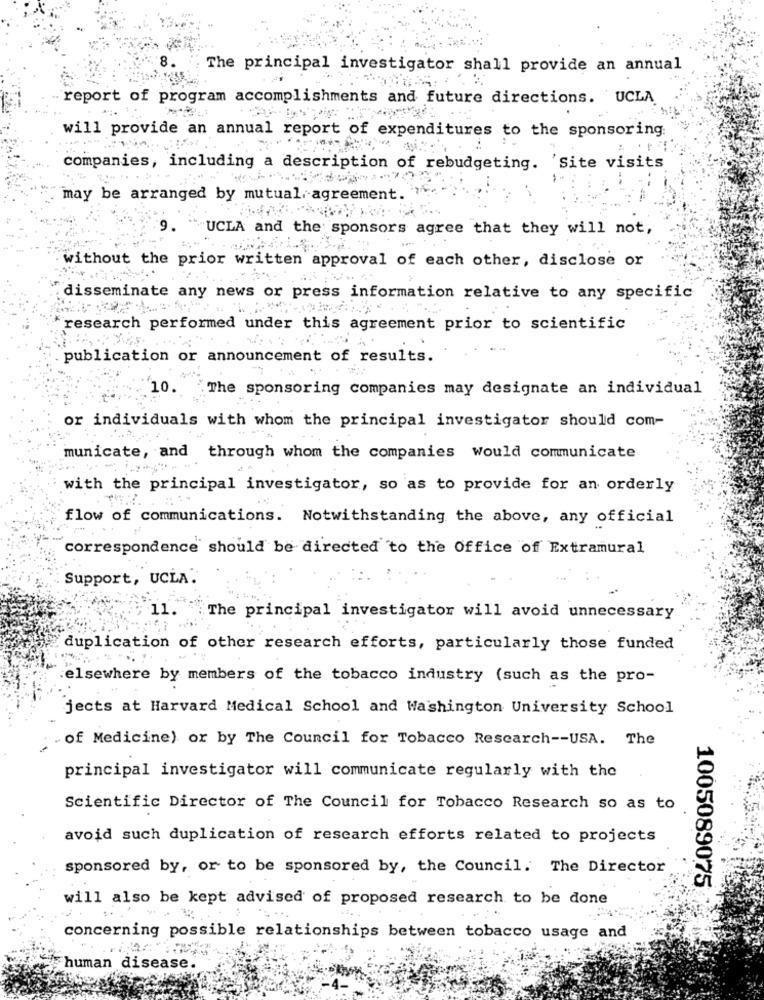
The principal investigator shall provide an annual
report of program accomplishments and future directions. UCLA
will provide an annual report of expenditures to the sponsoring
companies, including a description of rebudgeting. 'Site visits
may be arranged by mutual agreement.
UCLA and the sponsors agree that they will not,
without the prior written approval of each other, disclose or
disseminate any news or press information relative to any specific
research performed under this agreement prior to scientific
publication or announcement of results.
10.
The sponsoring companies may designate an individual
or individuals with whom the principal investigator should com-
municate, and through whom the companies would communicate
with the principal investigator, so as to provide for an orderly
flow of communications. Notwithstanding the above, any official
correspondence should be directed to the Office of Extramural
Support, UCLA.
11.
The principal investigator will avoid unnecessary
duplication of other research efforts, particularly those funded
elsewhere by members of the tobacco industry (such as the pro-
jects at Harvard Medical School and Washington University School
of Medicine) or by The Council for Tobacco Research -- USA. The
principal investigator will communicate regularly with the
Scientific Director of The Council for Tobacco Research so as to
avoid such duplication of research efforts related to projects
sponsored by, or to be sponsored by, the Council. The Director
1005089075
will also be kept advised of proposed research to be done
concerning possible relationships between tobacco usage and
human disease.